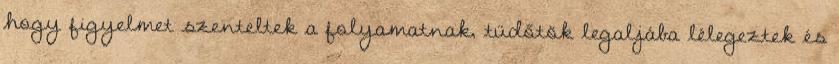
hogy figyelmet szenteltek a folyamatnak, tüdőtök legaljába lélegeztek és